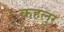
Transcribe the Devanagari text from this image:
कहलुर